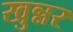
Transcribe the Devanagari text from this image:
खुन्नर